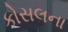
કોસલના